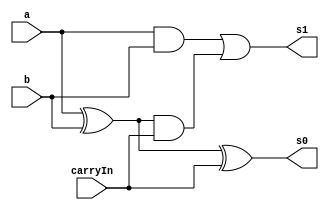
// -------------------------
// Exemplo0021  FULL ADDER
// Nome: Jonatas Sena Ferreira


module fullAdder(output s1, output s0, input a, input b, input carryIn);

	wire s2;
	wire s3;
	wire s4;

	xor x1(s2,a,b);
	xor x2(s0,s2,carryIn);
	and a1(s3,a,b);
	and a2(s4,s2,carryIn);
	or o1(s1,s3,s4);

endmodule


module halfAdder(output s1, output s0, input a, input b);
	
	xor x1(s0,a,b);
	and a1(s1,a,b);
endmodule

module fullAdder6(output [0:5]s, input [0:5]a, input [0:5]b);

	wire [0:5]s0;

	halfAdder H1(s0[5],s[5],a[5],b[5]);
	fullAdder F1(s0[4],s[4],a[4],b[4],s0[5]);
	fullAdder F2(s0[3],s[3],a[3],b[3],s0[4]);
	fullAdder F3(s0[2],s[2],a[2],b[2],s0[3]);
	fullAdder F4(s0[1],s[1],a[1],b[1],s0[2]);
	xor X1(s0[0],b[0],s0[1]);
	xor X2(s[0],a[0],s0[0]);

endmodule


module testAdder;

reg [0:5]a = 6'b000000;
reg [0:5]b = 6'b000000;
wire [0:5]s;

fullAdder6 F1(s,a,b);
	


initial
	begin
	
	
	$display ("Exemplo0021 - Jonatas Sena Ferreira - 427424");
	$display("Test ALUs full adder");
	
	#1 $display ("%b + %b = %b",a,b,s);
		a = 6'b110010;	b = 6'b011100;
	#1	$display ("%b + %b = %b",a,b,s);
		b = 6'b111001;
	#1	$display ("%b + %b = %b",a,b,s);
		a = 6'b010111;	b = 6'b110100;
	#1	$display ("%b + %b = %b",a,b,s);
	
	end
endmodule //testAdder